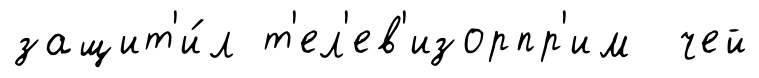
защит'и́л т'ел'ев'изорпр'им чей